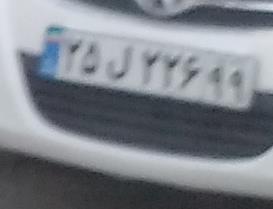
۲۵ل۲۲۶۹۹